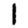
Digit: 1